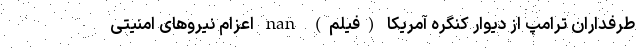
طرفداران ترامپ از دیوار کنگره آمریکا (فیلم) nan اعزام نیرو‌های امنیتی